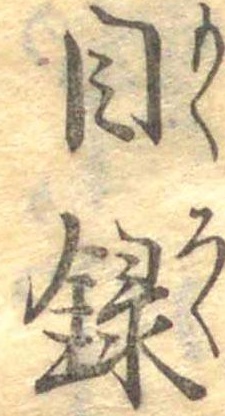
目録